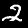
Digit: 2